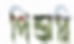
পিন্ডারি